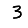
Digit: 3